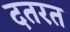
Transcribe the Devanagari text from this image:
दतरत